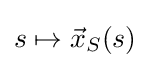
s\mapsto {\vec {x}}_{S}(s)